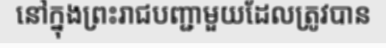
នៅក្នុងព្រះរាជបញ្ជាមួយដែលត្រូវបាន